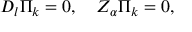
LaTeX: { \cal D } _ { l } \Pi _ { k } = 0 , \quad { \cal Z } _ { \alpha } \Pi _ { k } = 0 ,